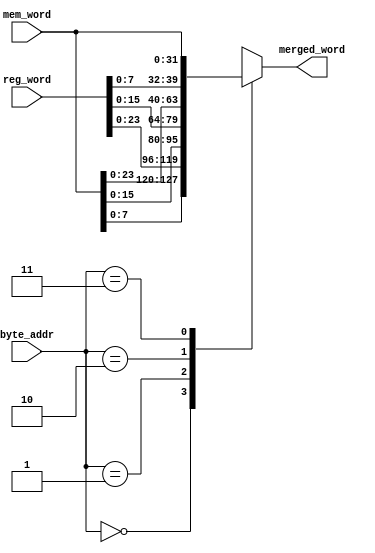
module merge #
    (
        parameter left = 1
    )
    (
        input [31:0] mem_word,
        input [31:0] reg_word,
        input [1:0] byte_addr,
        output [31:0] merged_word
    );
    genvar i;
    for (i = 0; i < 4; i = i + 1) begin :generate_block
        wire [31:0] merged;
        if (left) begin
            localparam len = i * 8 + 8;
            assign merged[31 -: len] = mem_word[0 +: len];
            if (31 - len >= 0)
                assign merged[31-len:0] = reg_word[31-len:0];
        end else begin
            localparam len = 32 - i * 8;
            assign merged[0 +: len] = mem_word[31 -: len];
            if (len < 32)
                assign merged[31:len] = reg_word[31:len];
        end
    end
    wire [31:0] merged_words [3:0];
    for (i = 0; i < 4; i = i + 1) begin
        assign merged_words[i] = generate_block[i].merged;
    end
    assign merged_word = merged_words[byte_addr];
endmodule